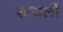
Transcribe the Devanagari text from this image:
खयलों